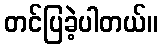
တင်ပြခဲ့ပါတယ်။